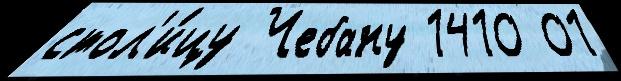
стол'и́цу Чебану 1410 01